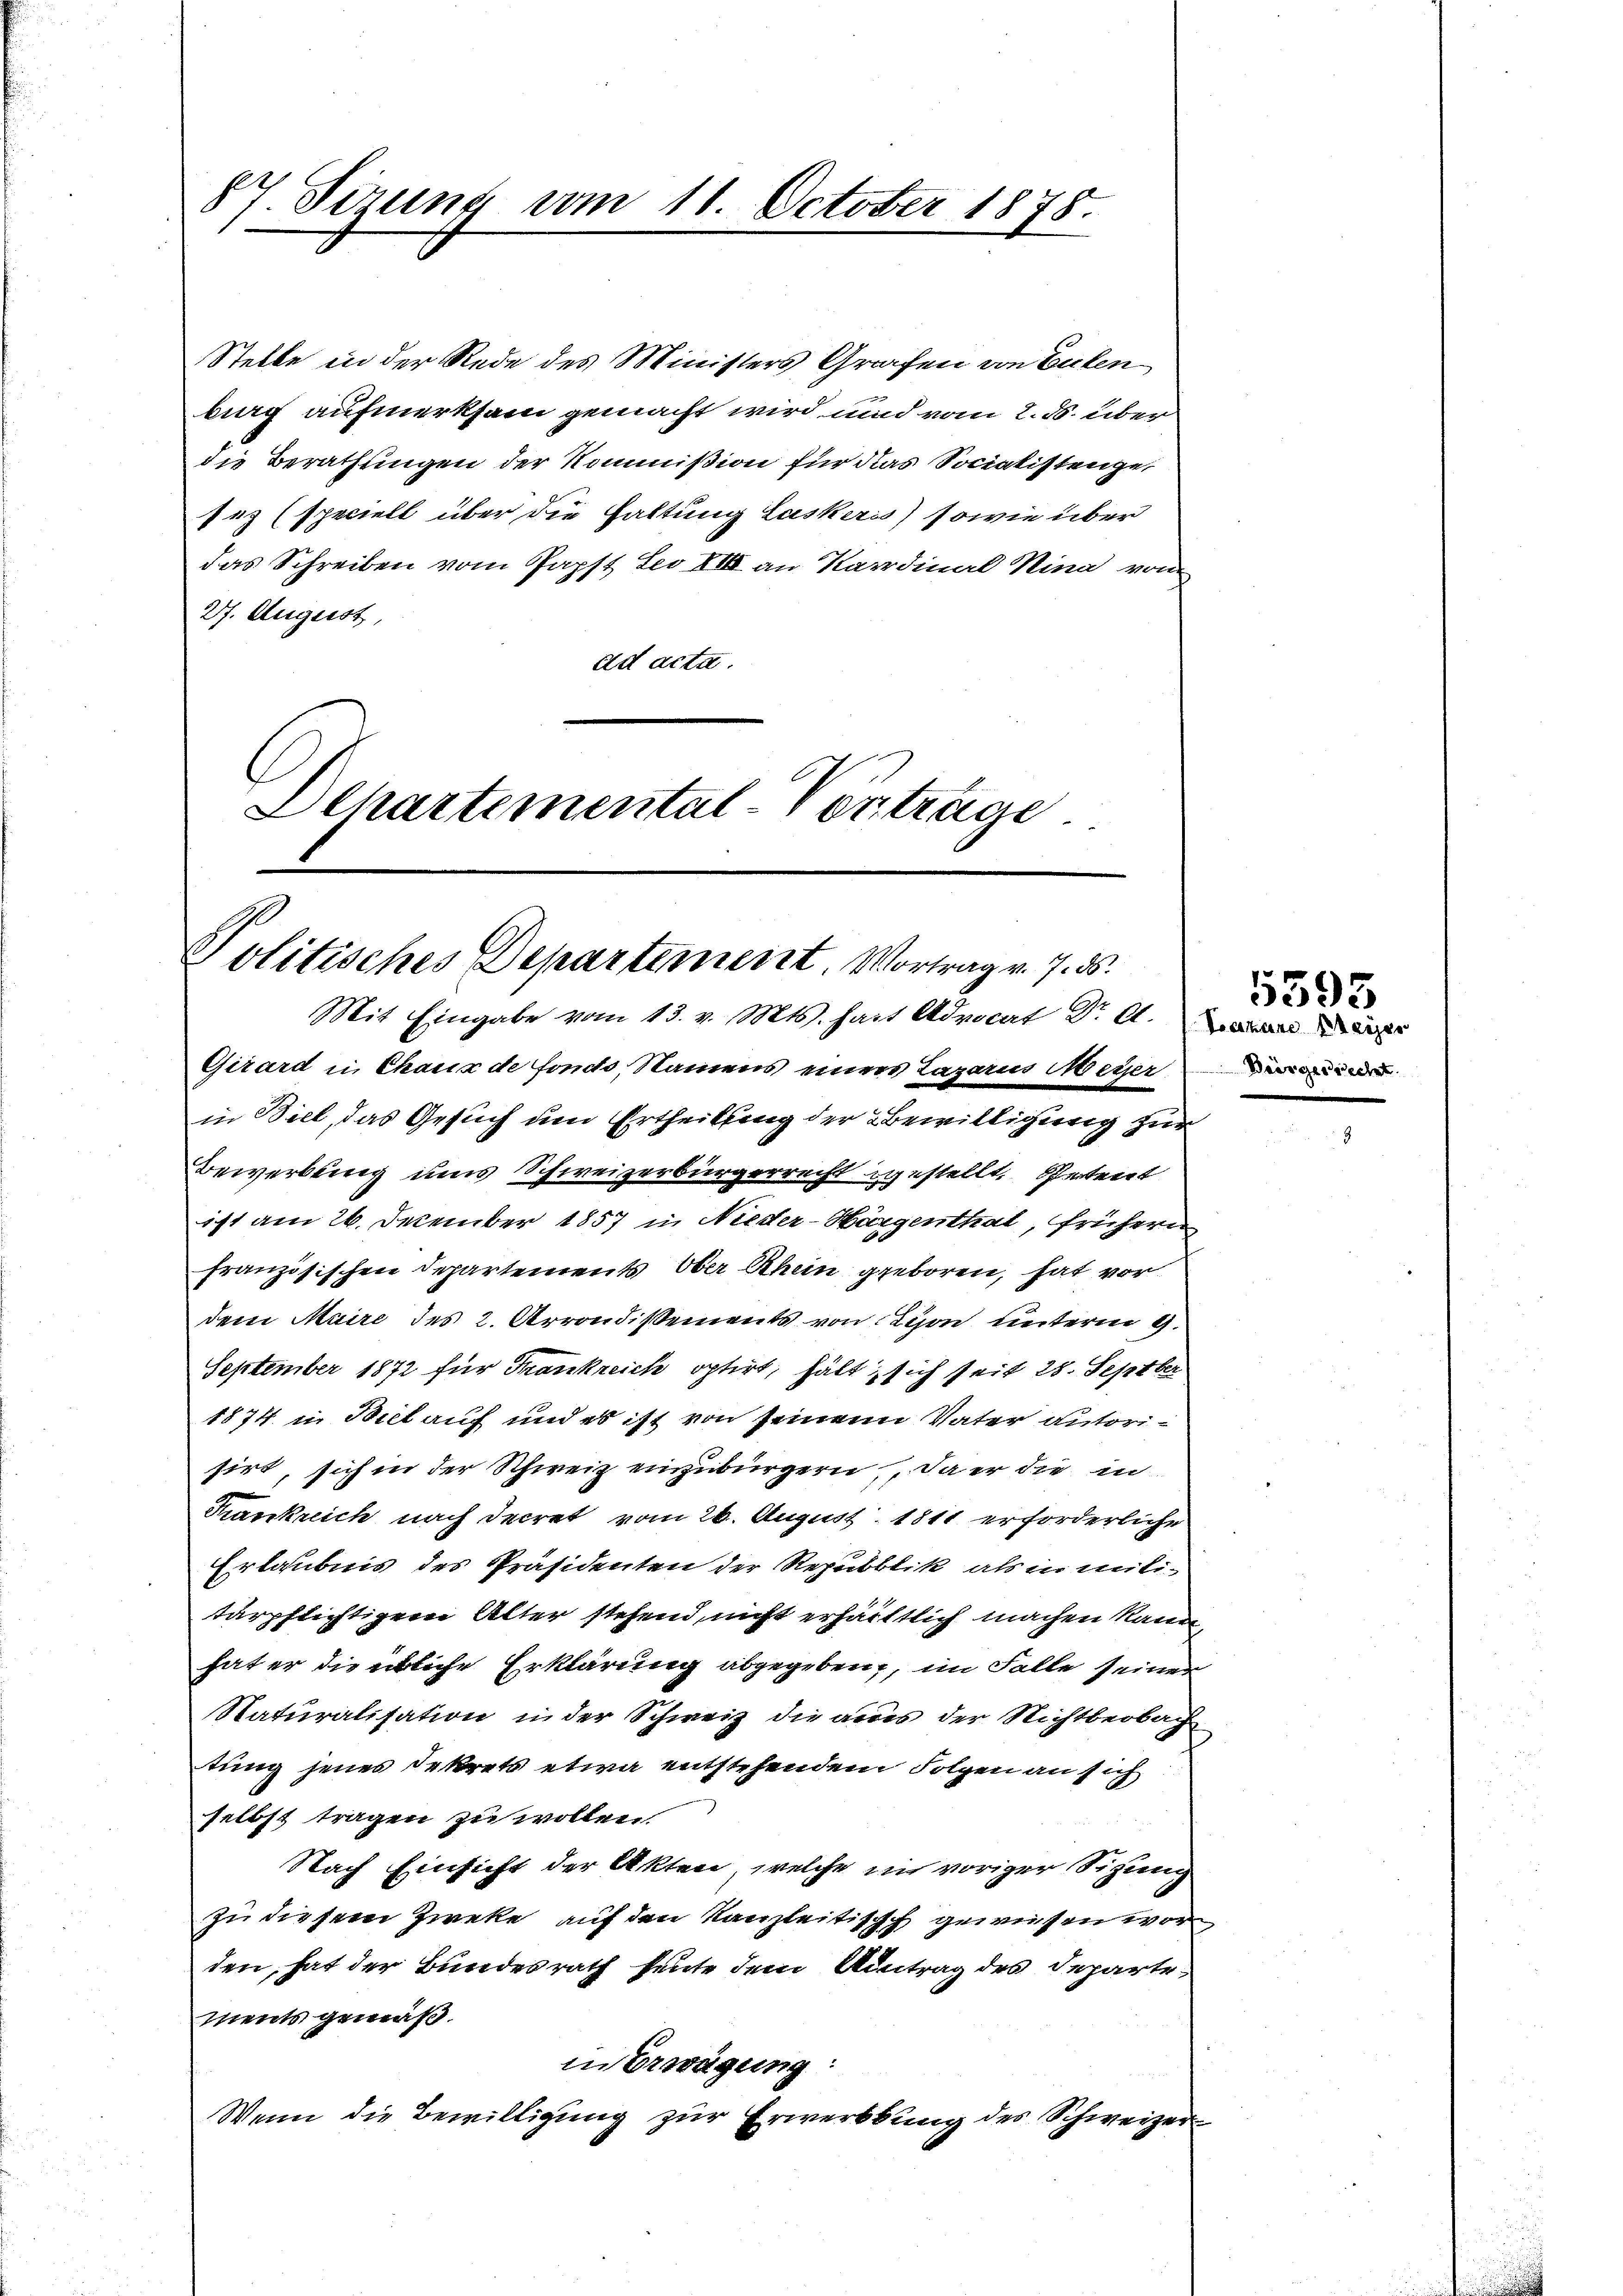
87. Sizung vom 11. October 1878.

Stelle in der Rede des Ministers Grafen von Eulen
big aufmerksam gemacht wird und vom 2. ds. über
die Berathungen der Kommißion für das Socialistenger
113 (speciell über die Haltung Laskeris) sowie über
das Schreiben vom Papst Leo XIII an Kardinal Rina von
27. August,
ad acta.
Dehartemental-Verträge

Politisches Departement. Vortrag v. 7. ds.

Mit Eingabe vom 13. v. Mts. hat Advocat Dr A. Dann
Girard in Chaux de fonds, Namens einers Lazarus Meyer
in Biel, das Gesuch um Ertheilung der Bewilligung zur
Bewerbung uns Schweizerbürgerrecht gestellt. Petent
ist am 26. December 1857 in Nieder-Hörgenthal, frühern
französischen Departements ober Rhein geboren, hat vor
dem Maire des 2. Arrondissements von Lison unterm 9.
September 1872 für Trankreich optirt, hält sich seit 28. Septber
1874 in Biel auf und es ist von seinem Vater autorisirt, sich in der Schweiz einzubürgern, da er die in
Trankreich nach decret vom 26. August 1811 erforderliche
Erlaubnis des Präsidenten der Republik als in militärpflichtigem Alter stehend, nicht erhältlich machen kann,
hat er die übliche Erklärung abgegeben, im Falle seiner
Naturalisation in der Schweiz die aus der Nichtbeobach
tung jenes Dekrets etwa entstehendem Folgen an sich
selbst tragen zu wollen.
Nach Einsicht der Akten, welche in voriger Sitzung
zu diesem Zweke auf den Kanzleitisch gewiesen wor
den, hat der Bundesrath heute dem Antrag des Departe,
ments gemäß
in Erwägung:
Wenn die Bewilligŭng zŭr Erwerbung des Schweizer

Beörgerrecht

5395